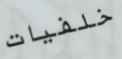
خلفيات